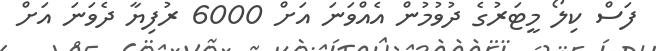
ފަސް ކިލޯ މީޓަރުގެ ދުވުމުން އެއްވަނަ އަށް 6000 ރުފިޔާ ދެވަނަ އަށް